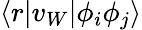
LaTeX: \langle r|v_{W}|\phi_{i}\phi_{j}\rangle